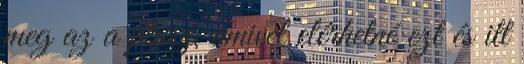
meg az a plusz, amivel elérhetné ezt és itt